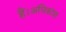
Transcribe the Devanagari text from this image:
हैं।अधिकांश